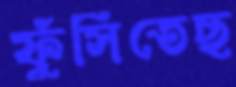
ফুঁসিতেছ